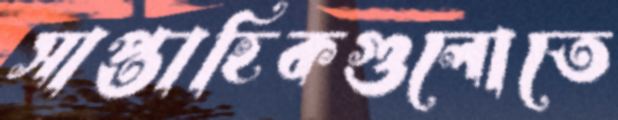
সাপ্তাহিকগুলোতে